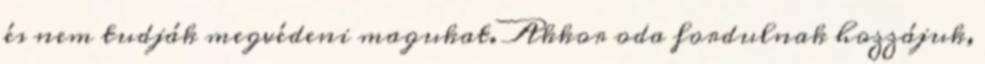
és nem tudják megvédeni magukat. Akkor oda fordulnak hozzájuk,